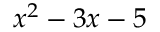
x ^ { 2 } - 3 x - 5